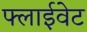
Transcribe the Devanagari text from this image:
फ्लाईवेट